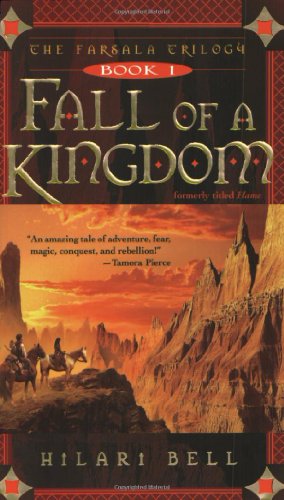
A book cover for Fall of a Kingdom (The Farsala Trilogy); Hilari Bell; Teen & Young Adult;